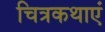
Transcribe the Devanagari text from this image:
चित्रकथाएं